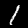
Label: 1